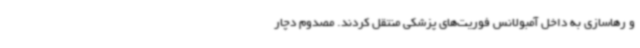
و رهاسازی به داخل آمبولانس فوریت‌های پزشکی منتقل کردند. مصدوم دچار